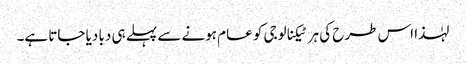
لہٰذا اس طرح کی ہر ٹیکنالوجی کو عام ہونے سے پہلے ہی دبا دیا جاتا ہے۔